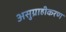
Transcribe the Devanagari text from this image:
असुग्राहीकरण